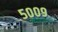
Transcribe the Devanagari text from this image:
५००९